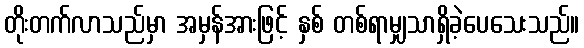
တိုးတက်လာသည်မှာ အမှန်အားဖြင့် နှစ် တစ်ရာမျှသာရှိခဲ့ပေသေးသည်။